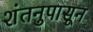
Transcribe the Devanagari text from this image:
शंतनुपासून